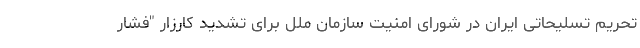
تحریم تسلیحاتی ایران در شورای امنیت سازمان ملل برای تشدید کارزار "فشار